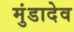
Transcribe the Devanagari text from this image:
मुंडादेव